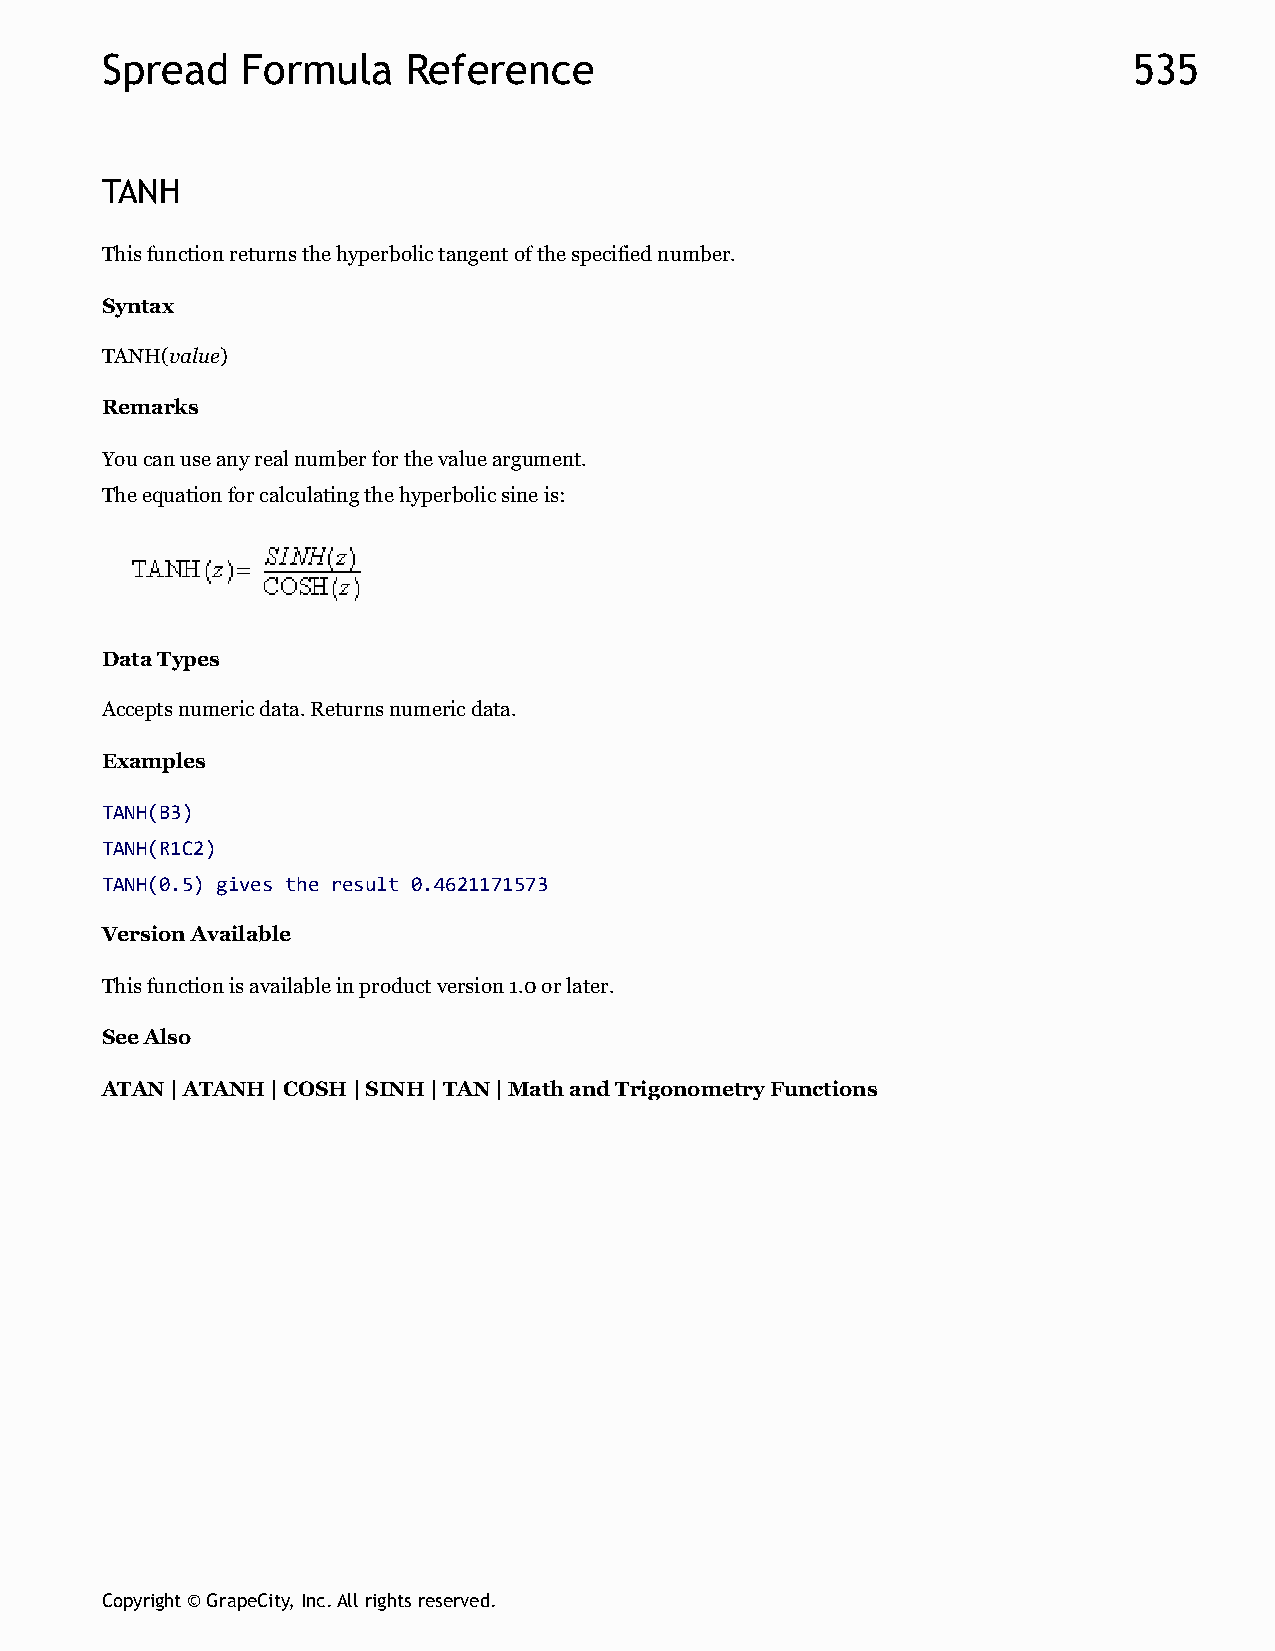
Spread   Formula    Reference                                       535
 TANH
 This function returns the hyperbolic tangent of the specified number.
 Syntax
 TANH(value)
 Remarks
 You can use any real number for the value argument.
 The equation for calculating the hyperbolic sine is:
 Data Types
 Accepts numeric data. Returns numeric data.
 Examples
 TANH(B3)
 TANH(R1C2)
 TANH(0.5) gives the result 0.4621171573
 Version Available
 This function is available in product version 1.0 or later.
 See Also
 ATAN | ATANH | COSH | SINH | TAN | Math and Trigonometry Functions
 Copyright © GrapeCity, Inc. All rights reserved.